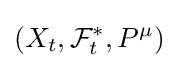
(X_{t},{\mathcal {F}}_{t}^{*},P^{\mu })